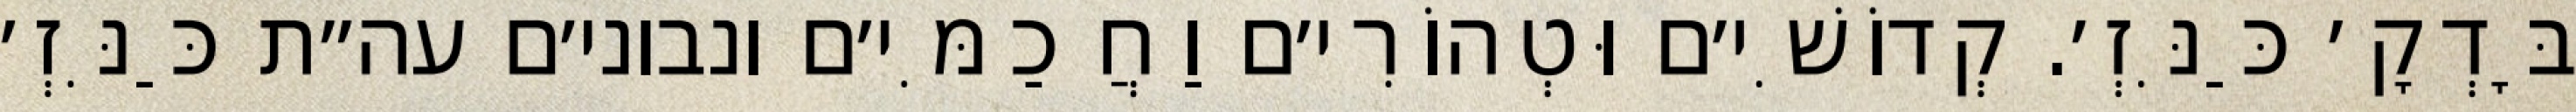
בָּדְקָ׳ כַּנִּזְ׳. קְדוֹשִׁי׳ם וּטְהוֹרִי׳ם וַחֲכַמִּי׳ם ונבוני׳ם עה״ת כַּנִּזְ׳